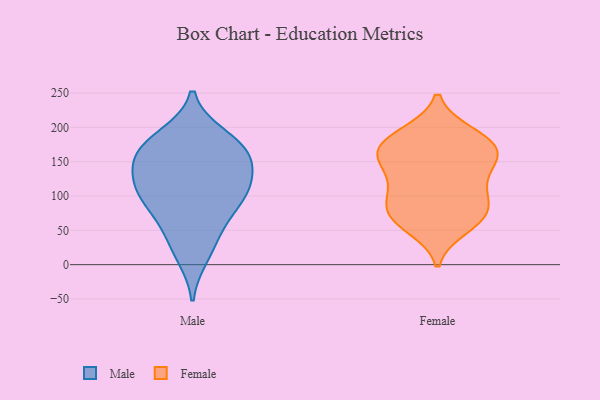
{"axis": {"x": "Operating Costs (USD K)", "y": "Value"}, "legend": ["Female", "Male"], "data": [{"x": "", "y": 182, "type": "Male"}, {"x": "", "y": 110, "type": "Male"}, {"x": "", "y": 149, "type": "Male"}, {"x": "", "y": 111, "type": "Male"}, {"x": "", "y": 160, "type": "Male"}, {"x": "", "y": 82, "type": "Male"}, {"x": "", "y": 13, "type": "Male"}, {"x": "", "y": 133, "type": "Male"}, {"x": "", "y": 187, "type": "Male"}, {"x": "", "y": 166, "type": "Male"}, {"x": "", "y": 161, "type": "Male"}, {"x": "", "y": 61, "type": "Male"}, {"x": "", "y": 99, "type": "Male"}, {"x": "", "y": 107, "type": "Male"}, {"x": "", "y": 35, "type": "Male"}, {"x": "", "y": 70, "type": "Female"}, {"x": "", "y": 54, "type": "Female"}, {"x": "", "y": 188, "type": "Female"}, {"x": "", "y": 89, "type": "Female"}, {"x": "", "y": 158, "type": "Female"}, {"x": "", "y": 113, "type": "Female"}, {"x": "", "y": 150, "type": "Female"}, {"x": "", "y": 165, "type": "Female"}, {"x": "", "y": 133, "type": "Female"}, {"x": "", "y": 89, "type": "Female"}, {"x": "", "y": 158, "type": "Female"}, {"x": "", "y": 109, "type": "Female"}, {"x": "", "y": 191, "type": "Female"}, {"x": "", "y": 181, "type": "Female"}, {"x": "", "y": 168, "type": "Female"}, {"x": "", "y": 66, "type": "Female"}, {"x": "", "y": 69, "type": "Female"}]}